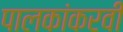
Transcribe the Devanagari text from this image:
पालकांकरवी